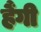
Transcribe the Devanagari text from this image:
हैंगी